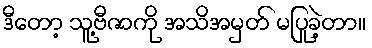
ဒီတော့ သူ့ဗီဇာကို အသိအမှတ် မပြုခဲ့တာ။